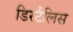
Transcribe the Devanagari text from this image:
डिस्टैलिस